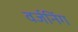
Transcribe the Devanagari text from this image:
वर्जनिंग